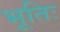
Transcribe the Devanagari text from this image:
भूतिः